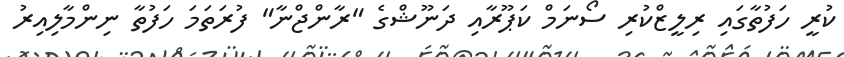
ކުރީ ހަފުތާގައި ރިލީޒްކުރި ސޯނަމް ކަޕޫރާއި ދަނޫޝްގެ "ރާންޖްނާ" ފުރަތަމަ ހަފުތާ ނިންމާލިއިރު